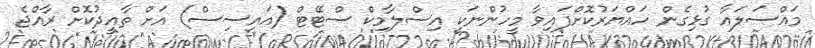
މައްސަލައާ ގުޅިގެން ހައްޔަރުކޮށްފައިވާ މީހުންނަކީ އިސްލާމިކް ސްޓޭޓް (އައިސިސް) އަށް ތާއީދުކޮށް ރާއްޖެ